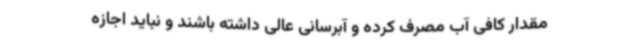
مقدار کافی آب مصرف کرده و آبرسانی عالی داشته ‌باشند و نباید اجازه